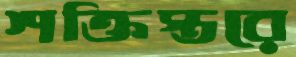
শক্তিস্তরে